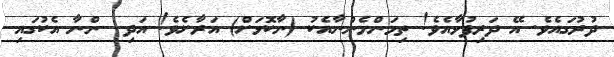
ދުރުގައެވެ. އޭ ދަރިފުޅާއެވެ! ތިމަންމެންނާއެކު (ނާކޮޅަށް) އަރާށެވެ! އަދި  ންނާ އެކުގައި